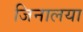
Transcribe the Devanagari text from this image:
जिनालया